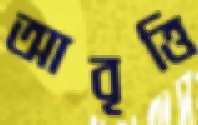
আবৃত্তি